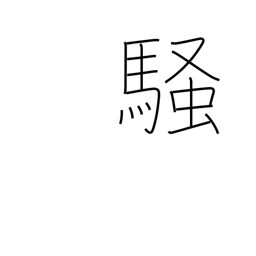
Meaning: excite